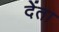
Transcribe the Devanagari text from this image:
देंता